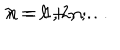
\lambda = \ell + n ; \hspace { . 5 i n } n = 1 , 2 , \dots .